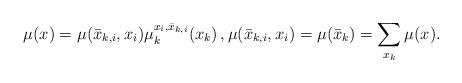
LaTeX: \begin{align*}\mu(x)=\mu(\bar x_{k,i},x_i)\mu_k^{x_i,\bar x_{k,i}}(x_k)\,, \mu(\bar x_{k,i},x_i) = \mu(\bar x_k) = \sum_{x_k}\mu(x).\end{align*}